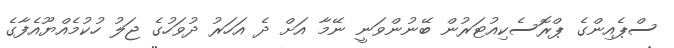
ސްޕެއިންގެ ޕްރޮސެކިއުޓަރުން ބޭނުންވަނީ ނޭމާ އަށް ދެ އަހަރު ދުވަހުގެ ޖަލު ހުކުމެއްޔޫއެފާގެ